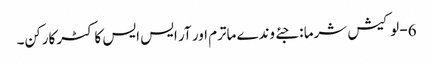
6- لوکیش شرما : جئے وندے ماترم اور آر ایس ایس کا کٹر کارکن۔